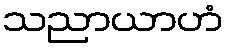
သညာယာဟံ